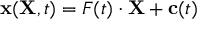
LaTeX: \mathbf { x } ( \mathbf { X } , t ) = { \boldsymbol { F } } ( t ) \cdot \mathbf { X } + \mathbf { c } ( t )